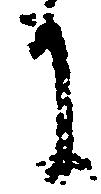
に